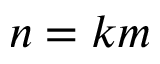
n = k m